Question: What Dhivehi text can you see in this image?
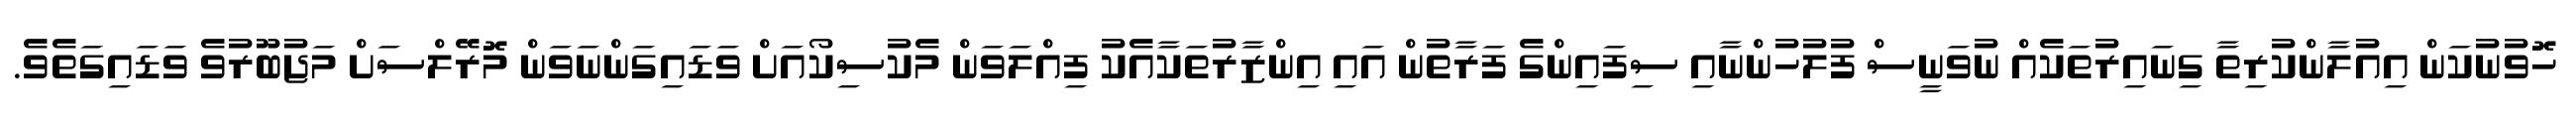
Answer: ހޮވުނުކަން އިއުލާންކުރިތާ ގިނައިރުތަކެއް ނުވަނީސް ފުލުހުންނާއި ސިފައިންގެ ފަރާތުން އައި އިންޒާރުތަކާއެކު ފިއްލަވަން މެކުސިކޯއަށް ވަޑައިގަންނަވަން މޮރޭލްސަށް މަޖުބޫރުވެ ވަޑައިގަތެވެ.